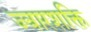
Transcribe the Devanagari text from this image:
ज्वारशक्ति